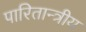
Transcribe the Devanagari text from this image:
पारितान्त्रीय